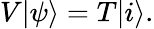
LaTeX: V|\psi\rangle=T|i\rangle.